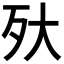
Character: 𣧂